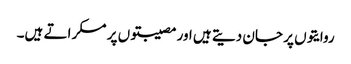
روایتوں پر جان دیتے ہیں اور مصیبتوں پر مسکراتے ہیں۔